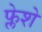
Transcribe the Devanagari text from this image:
फ्लेशे